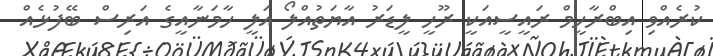
ކުރެއްވި އިބްރާހީމް ރައީސީއަކީ ރޫހީ ލީޑަރު އާޔަތުއްލޯ އަލީ ހާމަނާއީގެ އަރިސް ބޭފުޅެއް